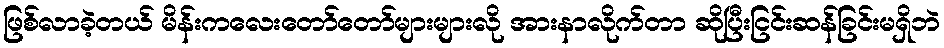
ဖြစ်လာခဲ့တယ် မိန်းကလေးတော်တော်များများလို အားနာလိုက်တာ ဆိုပြီးငြင်းဆန်ခြင်းမရှိဘဲ